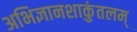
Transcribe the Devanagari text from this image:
अभिज्ञानशाकुंतलम्‌